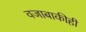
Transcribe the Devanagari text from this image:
वजाबाकीही